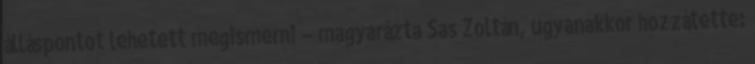
álláspontot lehetett megismerni – magyarázta Sas Zoltán, ugyanakkor hozzátette: